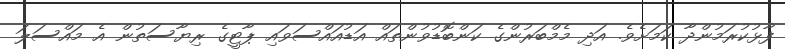
ފާޅުކުރަމުންދާ ކަމަށެވެ. އަދި މެމްބަރުންގެ ކަންބޮޑުވުންތައް އަޑުއައްސަވައި ޕާޓީގެ ރިޔާސަތުން އެ މައްސަލަ